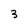
Character: 3